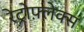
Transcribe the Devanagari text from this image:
रेट्रोफ़्लेक्स